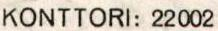
KONTTORI: 22002